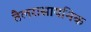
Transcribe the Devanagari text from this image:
तैलरासायनिक